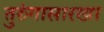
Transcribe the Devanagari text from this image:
तुरुंगासारखा